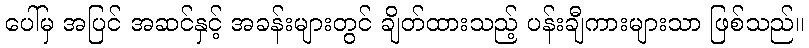
ပေါ်မှ အပြင် အဆင်နှင့် အခန်းများတွင် ချိတ်ထားသည့် ပန်းချီကားများသာ ဖြစ်သည်။